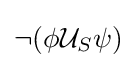
\neg (\phi {\mathcal {U}}_{S}\psi )